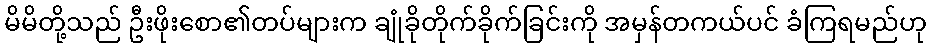
မိမိတို့သည် ဦးဖိုးစော၏တပ်များက ချုံခိုတိုက်ခိုက်ခြင်းကို အမှန်တကယ်ပင် ခံကြရမည်ဟု